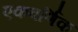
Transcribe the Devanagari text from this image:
एकवर्णिक